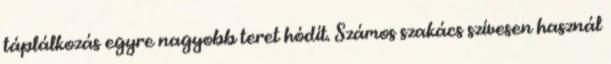
táplálkozás egyre nagyobb teret hódít. Számos szakács szívesen használ